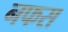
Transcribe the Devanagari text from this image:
नफस